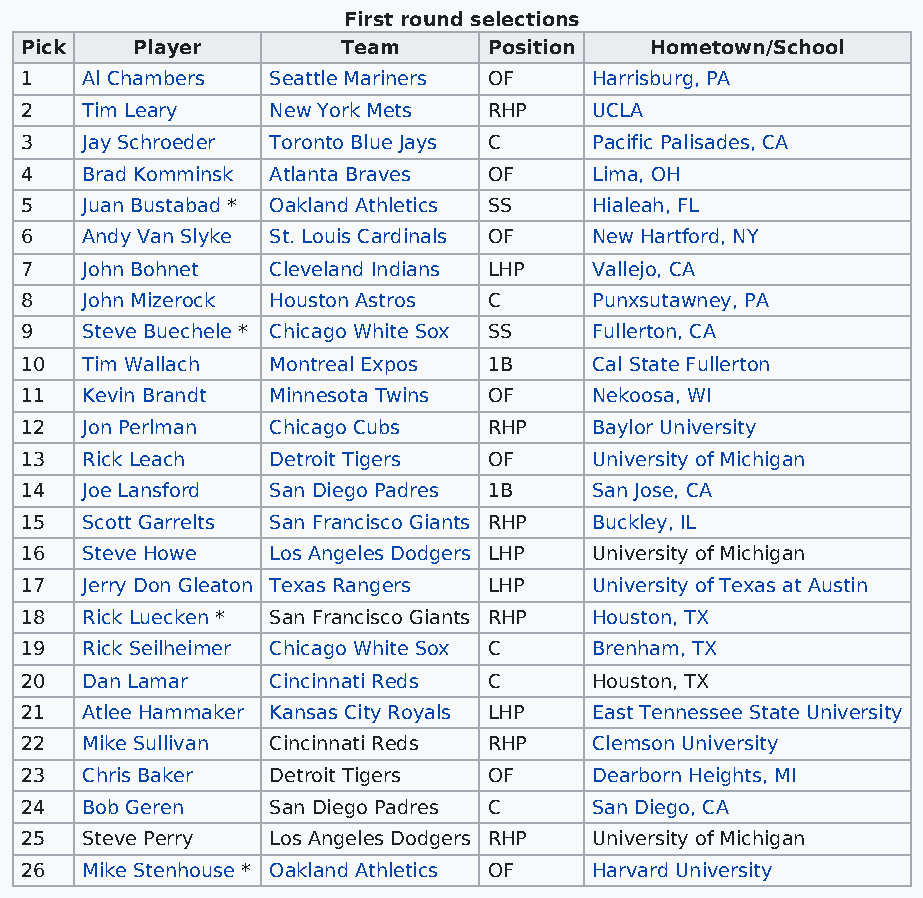
First round selections
 Pick    Player        Team     Position   Hometown/School
 1   Al Chambers  Seattle Mariners OF  Harrisburg, PA
 2   Tim Leary    New York Mets RHP    UCLA
 3   Jay Schroeder Toronto Blue Jays C Pacific Palisades, CA
 4   Brad Komminsk Atlanta Braves OF   Lima, OH
 5   Juan Bustabad * Oakland Athletics SS Hialeah, FL
 6   Andy Van Slyke St. Louis Cardinals OF New Hartford, NY
 7   John Bohnet  Cleveland Indians LHP Vallejo, CA
 8   John Mizerock Houston Astros C    Punxsutawney, PA
 9   Steve Buechele * Chicago White Sox SS Fullerton, CA
 10  Tim Wallach  Montreal Expos 1B    Cal State Fullerton
 11  Kevin Brandt Minnesota Twins OF   Nekoosa, WI
 12  Jon Perlman  Chicago Cubs  RHP    Baylor University
 13  Rick Leach   Detroit Tigers OF    University of Michigan
 14  Joe Lansford San Diego Padres 1B  San Jose, CA
 15  Scott Garrelts San Francisco Giants RHP Buckley, IL
 16  Steve Howe   Los Angeles Dodgers LHP University of Michigan
 17  Jerry Don Gleaton Texas Rangers LHP University of Texas at Austin
 18  Rick Luecken * San Francisco Giants RHP Houston, TX
 19  Rick Seilheimer Chicago White Sox C Brenham, TX
 20  Dan Lamar    Cincinnati Reds C    Houston, TX
 21  Atlee Hammaker Kansas City Royals LHP East Tennessee State University
 22  Mike Sullivan Cincinnati Reds RHP Clemson University
 23  Chris Baker  Detroit Tigers OF    Dearborn Heights, MI
 24  Bob Geren    San Diego Padres C   San Diego, CA
 25  Steve Perry  Los Angeles Dodgers RHP University of Michigan
 26  Mike Stenhouse * Oakland Athletics OF Harvard University